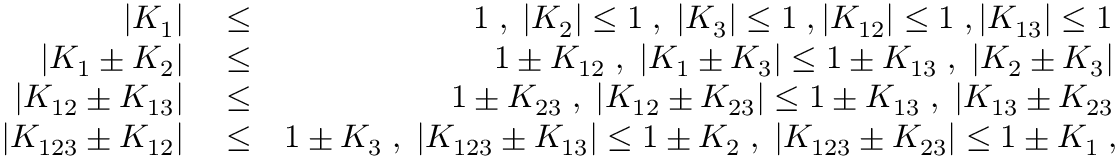
\begin{array} { r l r } { | K _ { 1 } | } & { { } \le } & { 1 \; , \; | K _ { 2 } | \le 1 \; , \; | K _ { 3 } | \le 1 \; , | K _ { 1 2 } | \le 1 \; , | K _ { 1 3 } | \le 1 \; , \; | K _ { 2 3 } | \le 1 \; , } \\ { \vert K _ { 1 } \pm K _ { 2 } \vert } & { { } \le } & { 1 \pm K _ { 1 2 } \; , \; \vert K _ { 1 } \pm K _ { 3 } \vert \le 1 \pm K _ { 1 3 } \; , \; \vert K _ { 2 } \pm K _ { 3 } \vert \le 1 \pm K _ { 2 3 } \; , \; } \\ { \vert K _ { 1 2 } \pm K _ { 1 3 } \vert } & { { } \le } & { 1 \pm K _ { 2 3 } \; , \; \vert K _ { 1 2 } \pm K _ { 2 3 } \vert \le 1 \pm K _ { 1 3 } \; , \; \vert K _ { 1 3 } \pm K _ { 2 3 } \vert \le 1 \pm K _ { 1 2 } \; , } \\ { \vert K _ { 1 2 3 } \pm K _ { 1 2 } \vert } & { { } \le } & { 1 \pm K _ { 3 } \; , \; \vert K _ { 1 2 3 } \pm K _ { 1 3 } \vert \le 1 \pm K _ { 2 } \; , \; \vert K _ { 1 2 3 } \pm K _ { 2 3 } \vert \le 1 \pm K _ { 1 } \; , \; | K _ { 1 2 3 } | \le 1 \; , } \end{array}